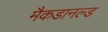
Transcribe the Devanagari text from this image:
मैकडानल्ड